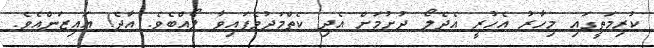
ކުރިމަތީގައި މިހާރު އެހުރީ އެދެލޯ ދުށުމަށް އެދި ކެތްމަދުވެފައިވާ ލޯއްބެވެ. އާދެ! އައިޒަންއެވެ.